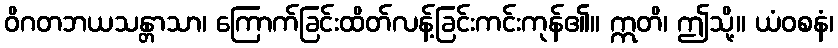
ဝိဂတဘယသန္တာသာ၊ ကြောက်ခြင်းထိတ်လန့်ခြင်းကင်းကုန်၏။ ဣတိ၊ ဤသို့။ ယံဝစနံ၊